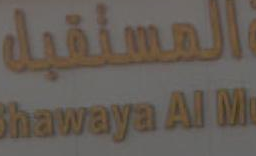
المطافية